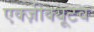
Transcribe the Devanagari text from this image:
एक्ज़ीक्यूटव